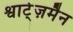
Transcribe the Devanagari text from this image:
श्वार्ट्ज़मैन